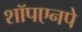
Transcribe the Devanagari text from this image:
शॉपएनपे